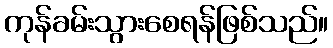
ကုန်ခမ်းသွားစေရန်ဖြစ်သည်။